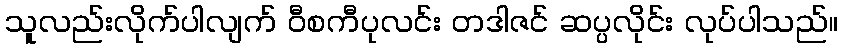
သူလည်းလိုက်ပါလျက် ဝီစကီပုလင်း တဒါဇင် ဆပ္ပလိုင်း လုပ်ပါသည်။